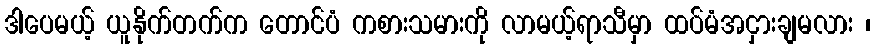
ဒါပေမယ့် ယူနိုက်တက်က တောင်ပံ ကစားသမားကို လာမယ့်ရာသီမှာ ထပ်မံအငှားချမလား ၊